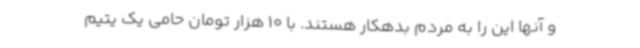
و آنها این را به مردم بدهکار هستند. با 10 هزار تومان حامی یک یتیم